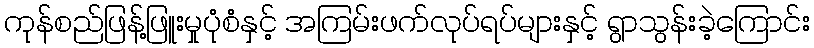
ကုန်စည်ဖြန့်ဖြူးမှုပုံစံနှင့် အကြမ်းဖက်လုပ်ရပ်များနှင့် ရွာသွန်းခဲ့ကြောင်း